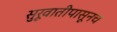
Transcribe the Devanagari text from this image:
सुरूवातीपासूनच